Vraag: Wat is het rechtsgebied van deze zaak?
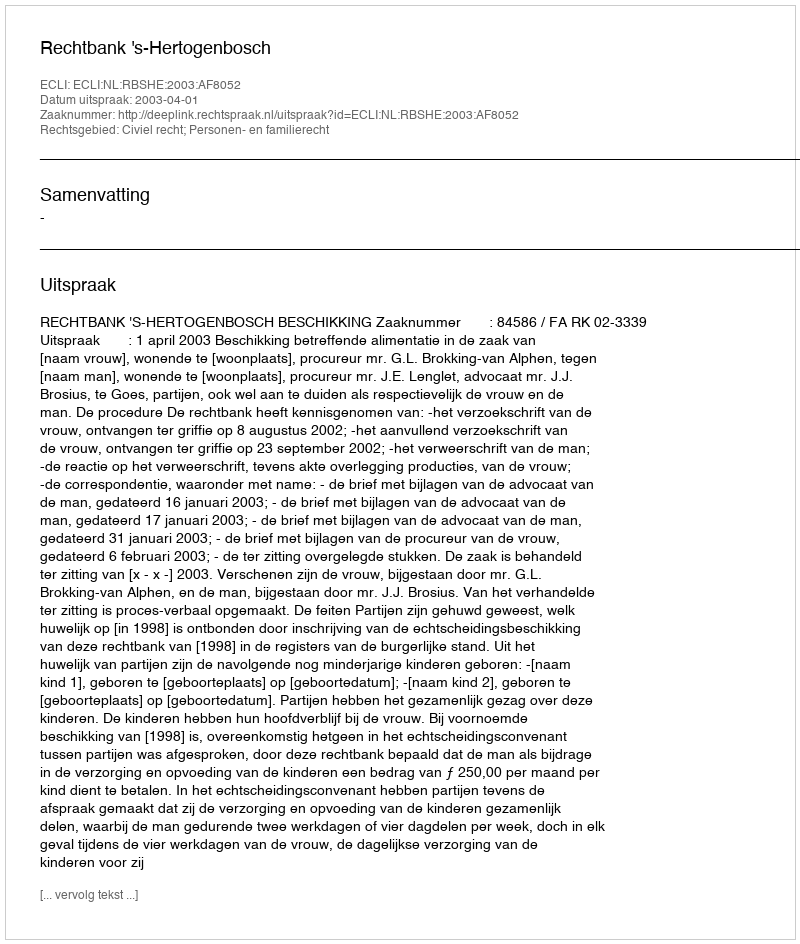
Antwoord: Civiel recht; Personen- en familierecht